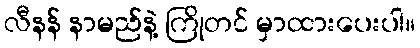
လီနန် နာမည်နဲ့ ကြိုတင် မှာထားပေးပါ။